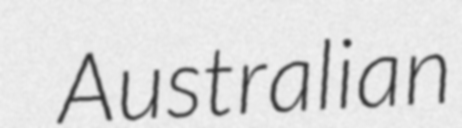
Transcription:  Australian